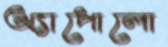
অ্যাপোলো